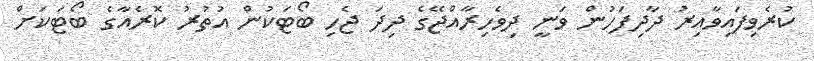
ކުރެވިފައިވާއިރު ދާދިފަހުން ވަނީ ދިވެހިރާއްޖޭގެ ދިދަ ޖެހި ބޯޓަކުން އުތުރު ކޮރެއާގެ ބޯޓަކަށް